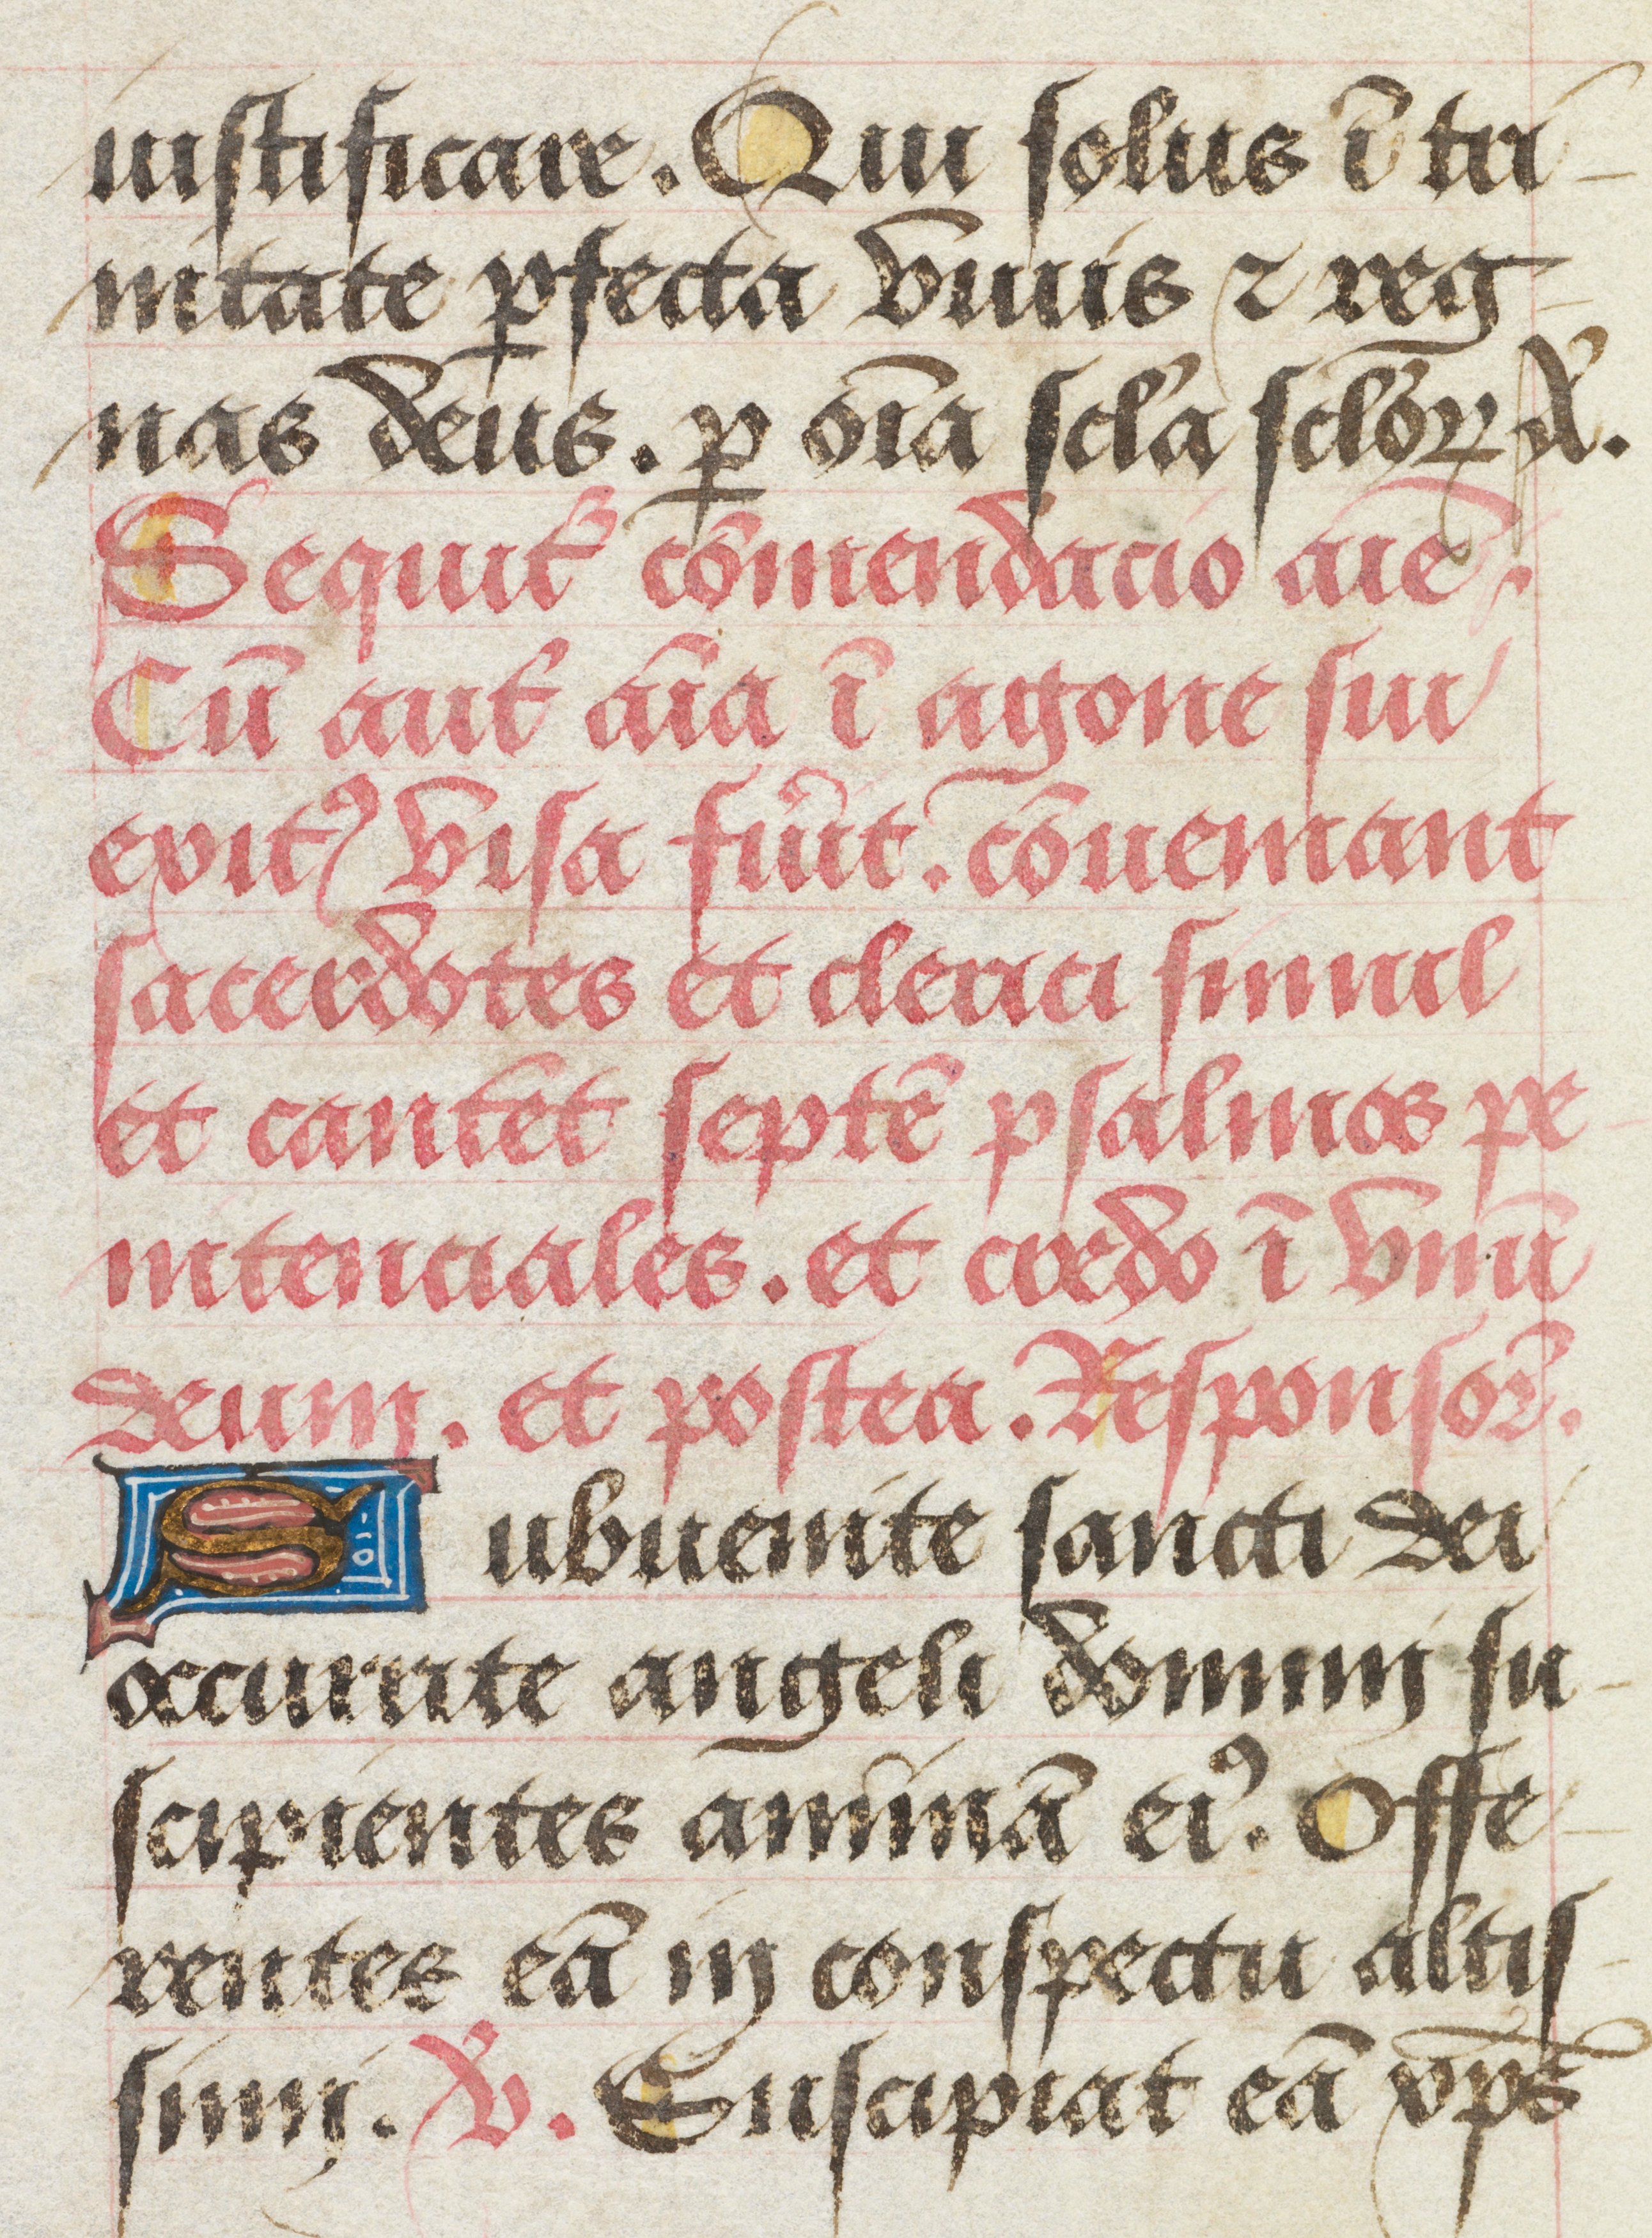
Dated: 1463–1498